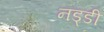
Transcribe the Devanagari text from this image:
नड्डी